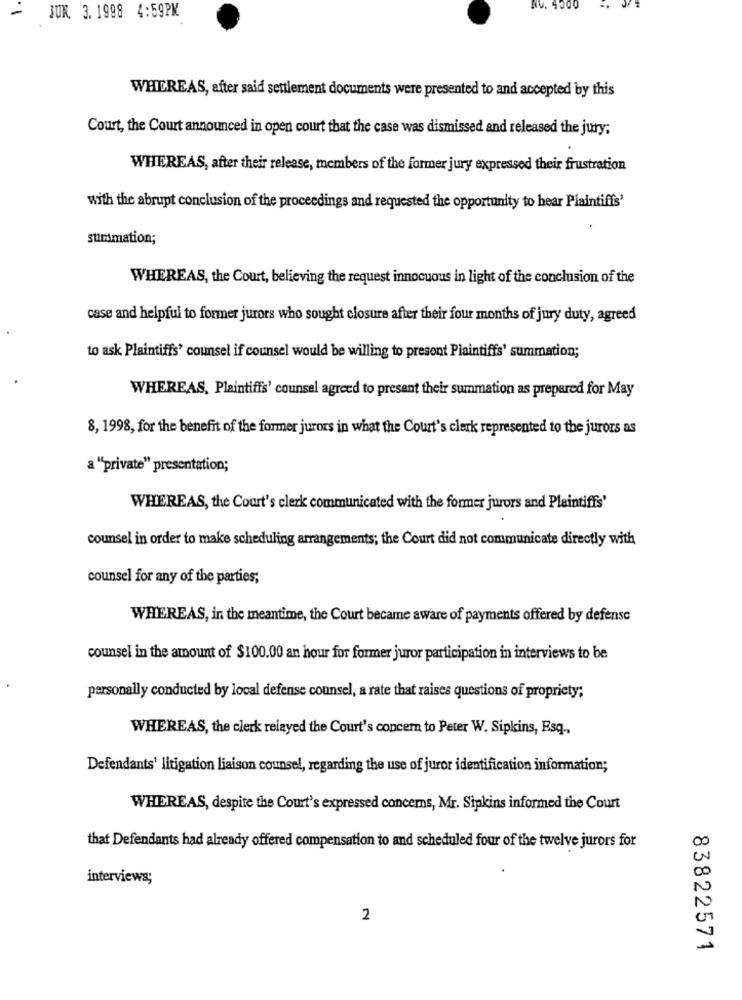
JUK. 3. 1998 4:59PM
WHEREAS, after said settlement documents were presented to and accepted by this
Court, the Court announced in open court that the case was dismissed and released the jury;
WHEREAS, after their release, members of the former jury expressed their frustration
with the abrupt conclusion of the proceedings and requested the opportunity to hear Plaintiffs'
summation;
WHEREAS, the Court, believing the request innocuous in light of the conclusion of the
case and helpful to former jurors who sought closure after their four months of jury duty, agreed
to ask Plaintiffs' counsel if counsel would be willing to presont Plaintiffs' summation;
WHEREAS, Plaintiffs' counsel agreed to present their summation as prepared for May
8, 1998, for the benefit of the former jurors in what the Court's clerk represented to the jurors as
a "private" presentation;
WHEREAS, the Court's clerk communicated with the former jurors and Plaintiffs'
counsel in order to make scheduling arrangements; the Court did not communicate directly with
counsel for any of the parties;
WHEREAS, in the meantime, the Court became aware of payments offered by defense
counsel in the amount of $100.00 an hour for former juror participation in interviews to be
personally conducted by local defense counsel, a rate that raises questions of propriety;
WHEREAS, the clerk relayed the Court's concern to Peter W. Sipkins, Esq ..
Defendants' litigation liaison counsel, regarding the use of juror identification information;
WHEREAS, despite the Court's expressed concerns, Mr. Sipkins informed the Court
that Defendants had already offered compensation to and scheduled four of the twelve jurors for
interviews;
2
83822571